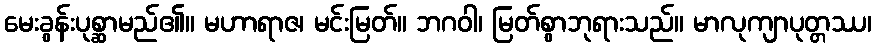
မေးခွန်းပုစ္ဆာမည်၏။ မဟာရာဇ၊ မင်းမြတ်။ ဘဂဝါ၊ မြတ်စွာဘုရားသည်။ မာလုကျာပုတ္တဿ၊